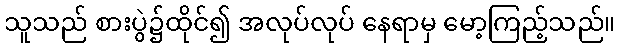
သူသည် စားပွဲ၌ထိုင်၍ အလုပ်လုပ် နေရာမှ မော့ကြည့်သည်။